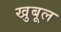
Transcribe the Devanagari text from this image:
खुबूल